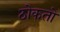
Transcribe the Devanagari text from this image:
ठोकतो